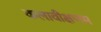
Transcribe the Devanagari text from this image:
कलावीक्षणम